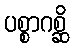
ပစ္စာဂစ္ဆိ